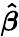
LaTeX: \mathbf{\hat{\boldsymbol{\beta}}}